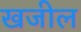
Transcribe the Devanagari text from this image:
खजील